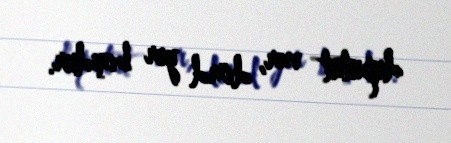
deputat var, dörd yer boşdur.